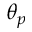
\theta _ { p }